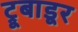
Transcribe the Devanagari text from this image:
ट्रूबाडूर